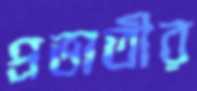
প্রভাতীর